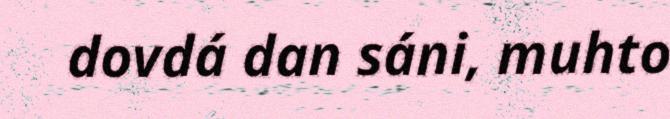
dovdá dan sáni, muhto